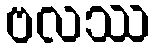
ဗလဿ